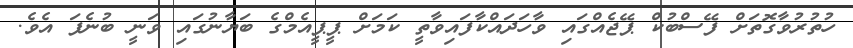
ހުތުރުވާގޮތަށް ފޭސްބުކް ޕޭޖެއްގައި ވާހަދައްކާފައިވާތީ ކަމަށް ޕީޕީއެމްގެ ބަޔާނުގައި ވަނީ ބުނެފަ އެވެ.